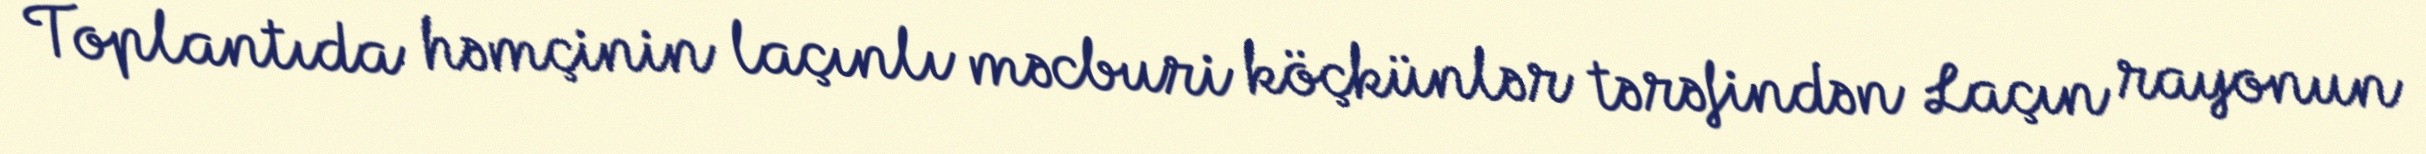
Toplantıda həmçinin laçınlı məcburi köçkünlər tərəfindən Laçın rayonun